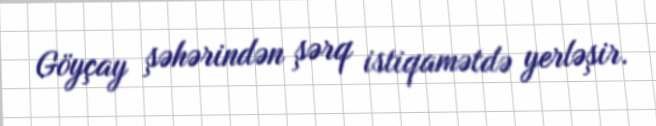
Göyçay şəhərindən şərq istiqamətdə yerləşir.